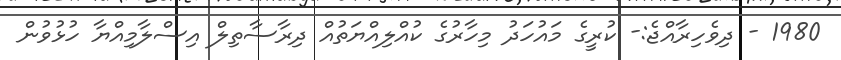
1980 - ދިވެހިރާއްޖެ:- ކުރީގެ މައުހަދު މިހާރުގެ ކުއްލިއްޔަތުއް ދިރާސާތިލް އިސްލާމިއްޔާ ހުޅުވުން